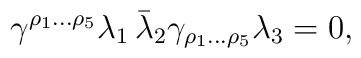
{\gamma^{\rho_1\dots\rho_5}\lambda_1\,\bar\lambda_2\gamma_{\rho_1\dots \rho_5} \lambda_3 =0,}